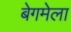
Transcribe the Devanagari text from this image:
बेगमेला